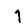
Digit: 1